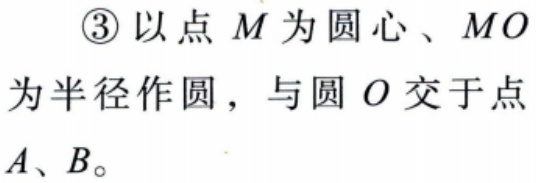
\textcircled{3}以点 \(M\) 为圆心、\(MO\) 为半径作圆，与圆 \(O\) 交于点 \(A\)、\(B\)。